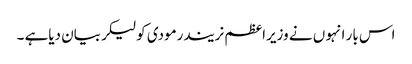
اس بار انہو ں نے وزیراعظم نریندرمودی کولیکربیان دیاہے ۔